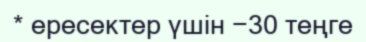
* ересектер үшін −30 теңге